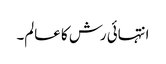
انتہائی رش کا عالم۔